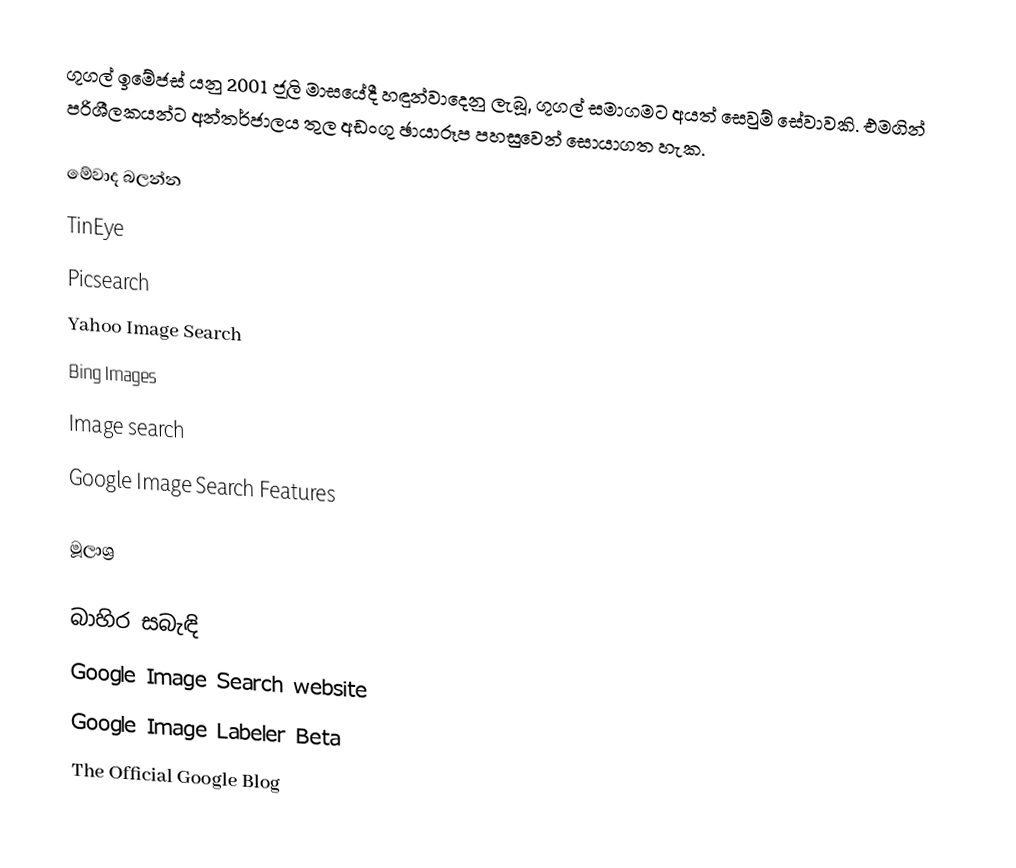
ගූගල් ඉමේජස් යනු 2001 ජූලි මාසයේදී හඳුන්වාදෙනු ලැබූ, ගූගල් සමාගමට අයත් සෙවුම් සේවාවකි. එමගින් පරිශීලකයන්ට අන්තර්ජාලය තුල අඩංගු ඡායාරූප පහසුවෙන් සොයාගත හැක.

මේවාද බලන්න
 TinEye
 Picsearch
 Yahoo Image Search
 Bing Images
 Image search
 Google Image Search Features

මූලාශ්‍ර

බාහිර සබැඳි
 Google Image Search website
 Google Image Labeler Beta
 The Official Google Blog